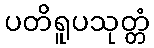
ပတိရူပသုတ္တံ